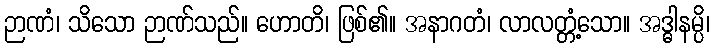
ဉာဏံ၊ သိသော ဉာဏ်သည်။ ဟောတိ၊ ဖြစ်၏။ အနာဂတံ၊ လာလတ္တံ့သော။ အဒ္ဓါနမ္ပိ၊